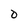
Character: D